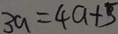
3 a = 4 a + 5